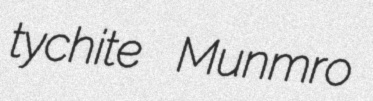
tychite Munmro